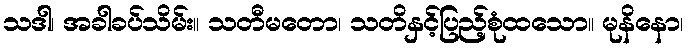
သဒါ၊ အခါခပ်သိမ်း။ သတီမတော၊ သတိနှင့်ပြည့်စုံထသော။ မုနိနော၊